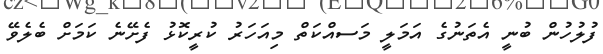
ފުލުހުން ބުނީ އެތަނުގެ އަމަލީ މަސއްކަތް މިއަހަރު ކުރީކޮޅު ފެށޭނެ ކަމަށް ބެލެވޭ